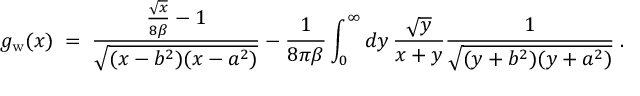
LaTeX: g _ { \mathrm { w } } ( x ) \; = \; { \frac { { \frac { \sqrt { x } } { 8 \beta } } - 1 } { \sqrt { ( x - b ^ { 2 } ) ( x - a ^ { 2 } ) } } } - { \frac { 1 } { 8 \pi \beta } } \int _ { 0 } ^ { \infty } d y \, { \frac { \sqrt { y } } { x + y } } { \frac { 1 } { \sqrt { ( y + b ^ { 2 } ) ( y + a ^ { 2 } ) } } } \; .